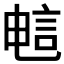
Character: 𫌷